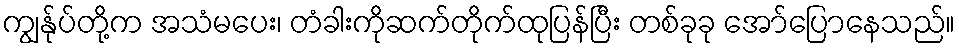
ကျွန်ုပ်တို့က အသံမပေး၊ တံခါးကိုဆက်တိုက်ထုပြန်ပြီး တစ်ခုခု အော်ပြောနေသည်။